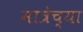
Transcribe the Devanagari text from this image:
मात्रेच्या